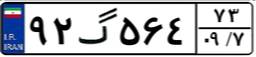
۶۶گ۷۶۱۷۴